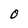
Character: O